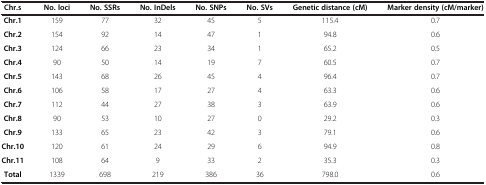
| Chr.s | No. loci | No. SSRs | No. InDels | No. SNPs | No. SVs | Genetic distance (cM) | Marker density (cM/marker) |
 | --- | --- | --- | --- | --- | --- | --- | --- |
 | Chr.1 | 159 | 77 | 32 | 45 | 5 | 115.4 | 0.7 |
 | Chr.2 | 154 | 92 | 14 | 47 | 1 | 94.8 | 0.6 |
 | Chr.3 | 124 | 66 | 23 | 34 | 1 | 65.2 | 0.5 |
 | Chr.4 | 90 | 50 | 14 | 19 | 7 | 60.5 | 0.7 |
 | Chr.5 | 143 | 68 | 26 | 45 | 4 | 96.4 | 0.7 |
 | Chr.6 | 106 | 58 | 17 | 27 | 4 | 63.3 | 0.6 |
 | Chr.7 | 112 | 44 | 27 | 38 | 3 | 63.9 | 0.6 |
 | Chr.8 | 90 | 53 | 10 | 27 | 0 | 29.2 | 0.3 |
 | Chr.9 | 133 | 65 | 23 | 42 | 3 | 79.1 | 0.6 |
 | Chr.10 | 120 | 61 | 24 | 29 | 6 | 94.9 | 0.8 |
 | Chr.11 | 108 | 64 | 9 | 33 | 2 | 35.3 | 0.3 |
 | Total | 1339 | 698 | 219 | 386 | 36 | 798.0 | 0.6 |